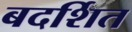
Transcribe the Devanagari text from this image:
बदर्शित